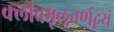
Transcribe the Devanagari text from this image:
क्लीबमृऌवर्णद्वयं